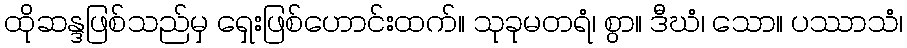
ထိုဆန္ဒဖြစ်သည်မှ ရှေးဖြစ်ဟောင်းထက်။ သုခုမတရံ၊ စွာ။ ဒီဃံ၊ သော။ ပဿာသံ၊